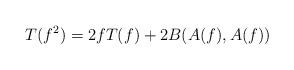
LaTeX: \begin{align*} T(f^{2})= 2fT(f)+2B(A(f), A(f))\end{align*}